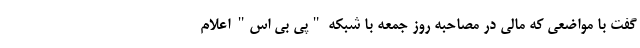
گفت با مواضعی که مالی در مصاحبه روز جمعه با شبکه "پی بی اس" اعلام